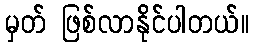
မှတ် ဖြစ်လာနိုင်ပါတယ်။